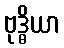
ဗုဒ္ဓိယာ